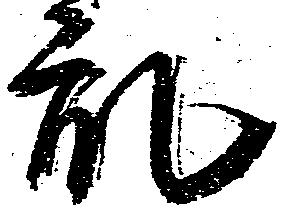
乱